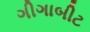
ગીગાબીટ